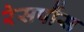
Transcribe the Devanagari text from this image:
रेसपौंस